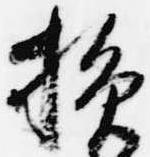
損